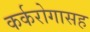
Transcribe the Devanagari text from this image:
कर्करोगासह